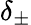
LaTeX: \delta_{\pm}